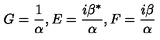
G = \frac 1 \alpha , E = \frac { i \beta ^ { * } } \alpha , F = \frac { i \beta } \alpha